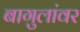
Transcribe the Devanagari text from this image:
बागुलांवर